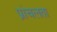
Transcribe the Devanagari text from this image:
प्रांचलता